Laimjala_vallavalitsus, lk 33
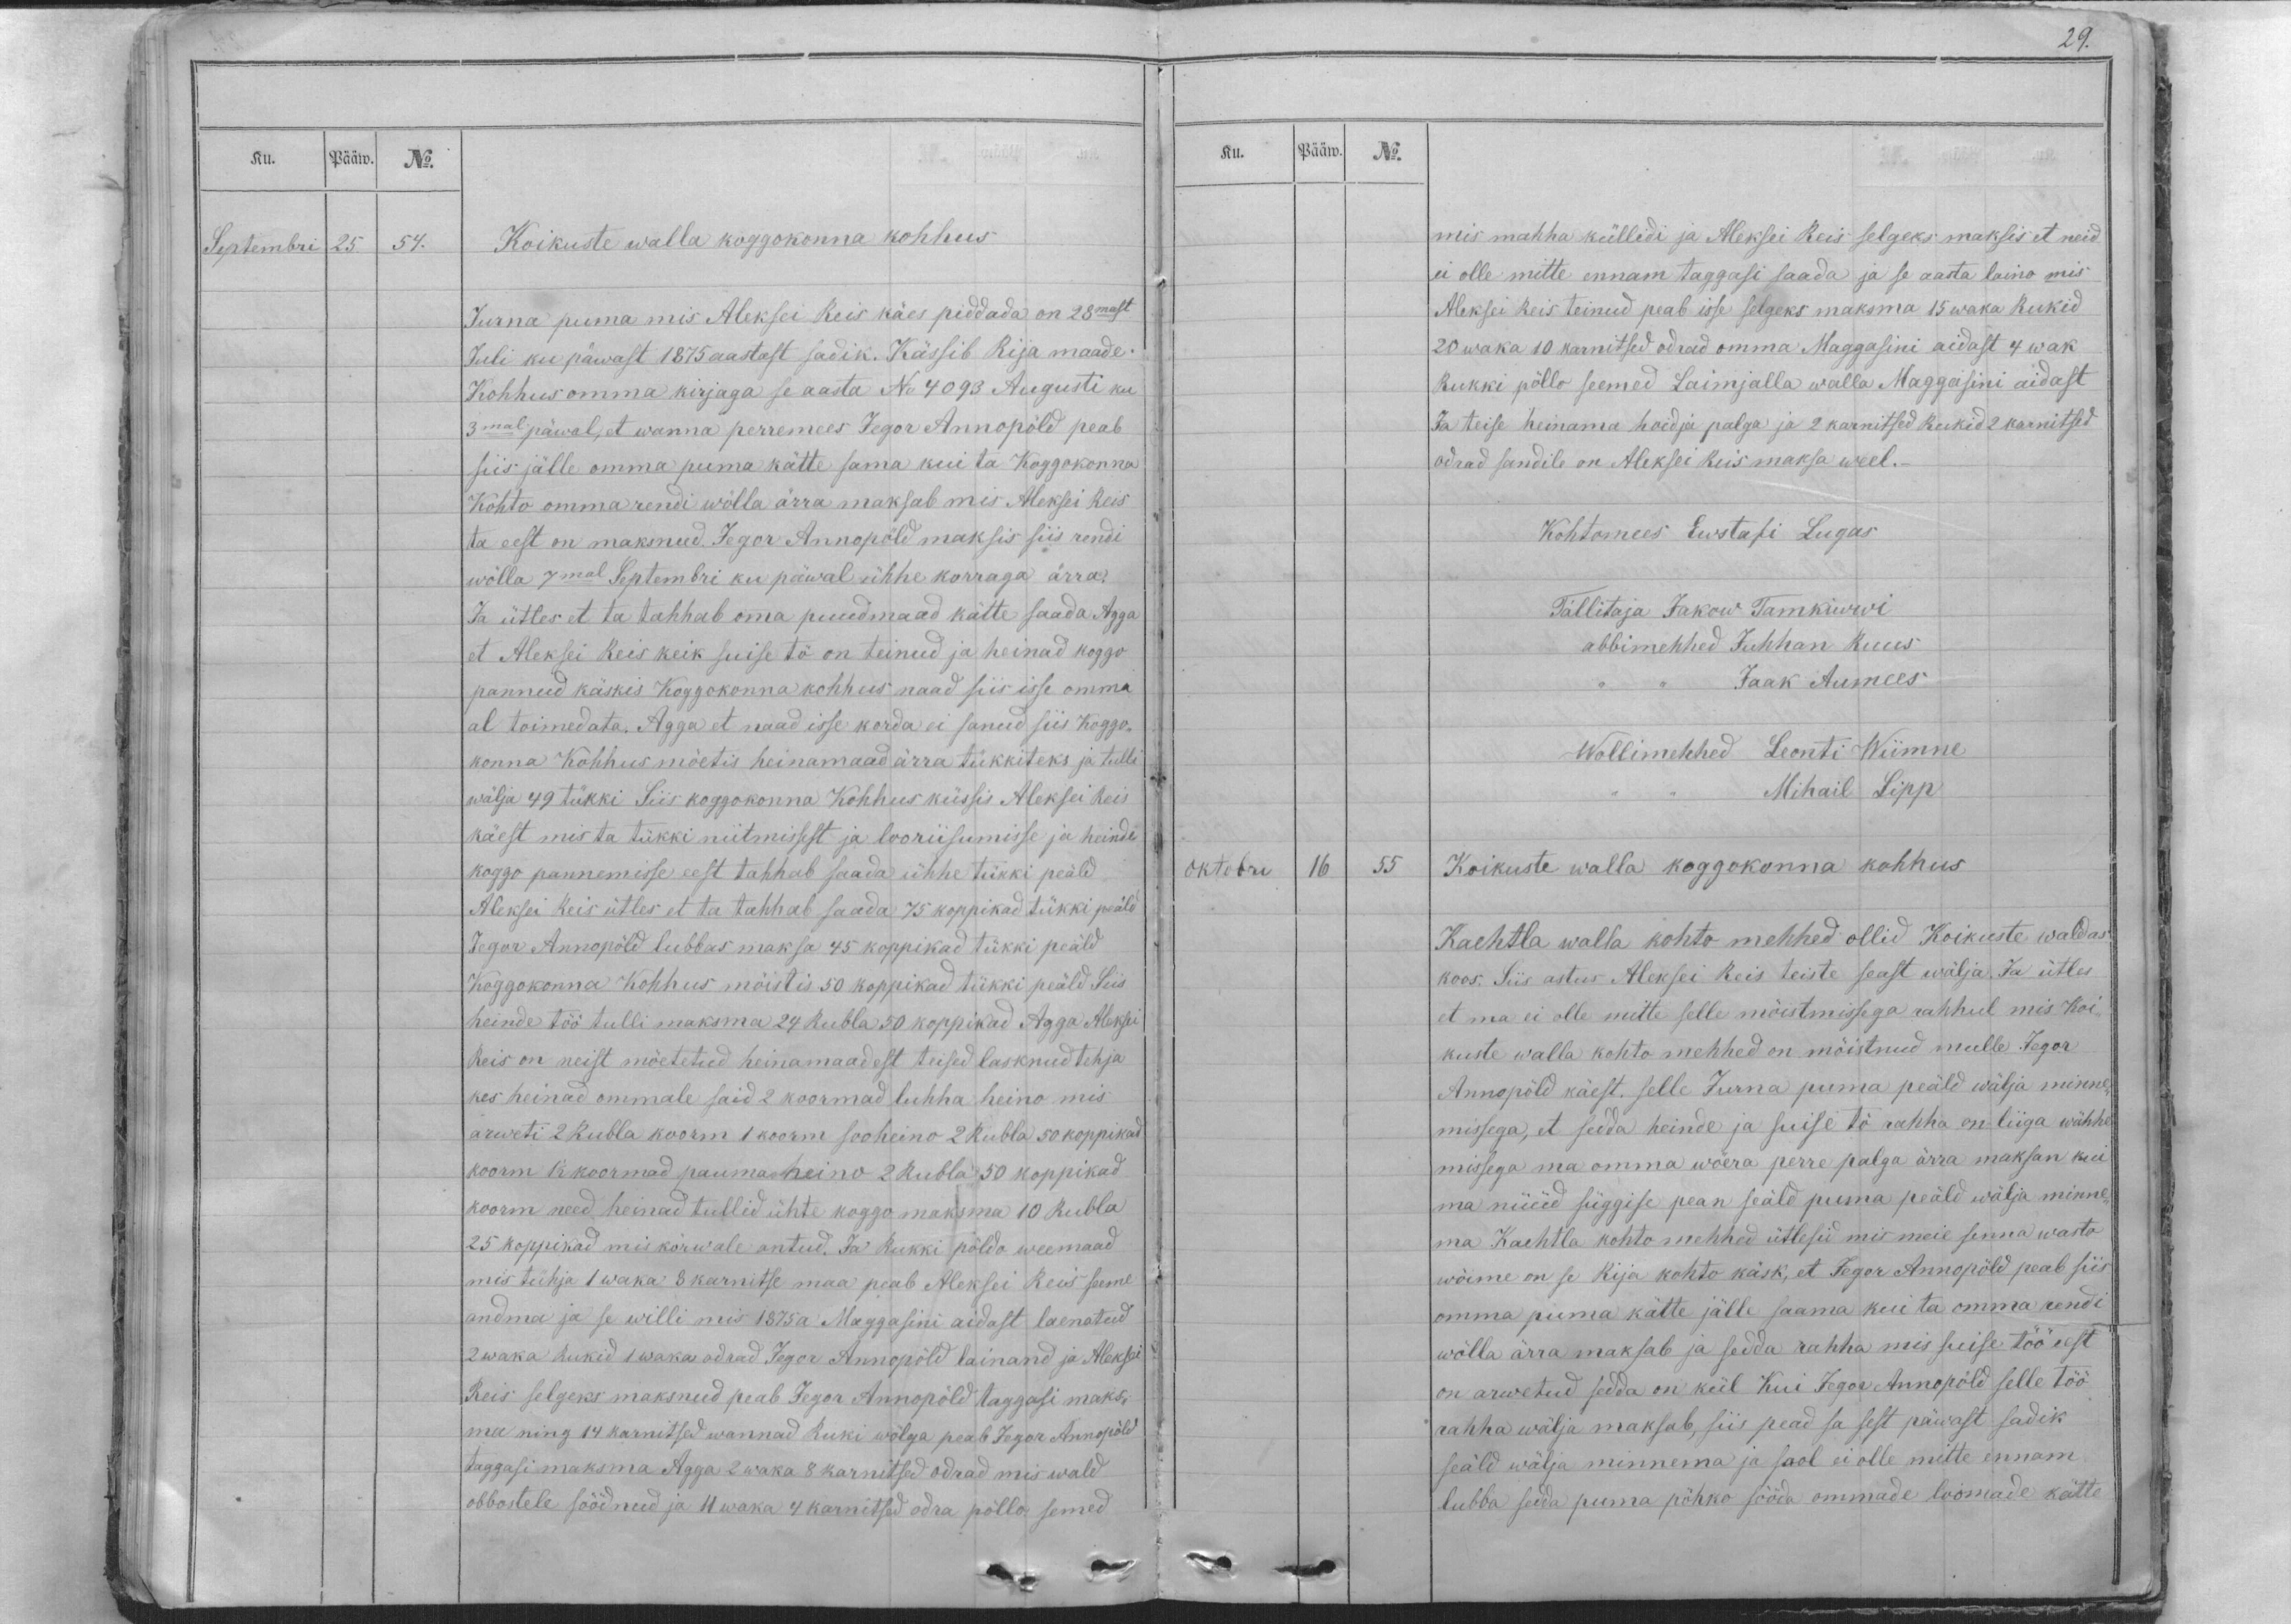
Ku.
Pääw.
No.
Septembri
25.
54.

Koikuste walla koggokonna kohhus
Jurna puma mis Aleksei Reis käes piddada on 28mast
Juli ku päwast 1875 aastast sadik. Kässib Rija maade
Kohhus omma kirjaga se aasta No 4093 Augusti ku
3mal päwal, et wanna perremees Jegor Annopöld peab
siis jälle omma puma kätte sama kui ta Koggokonna
Kohto omma rendi wölla ärra maksab mis Aleksei Reis
ta eest on maksnud. Jegor Annopöld maksis siis rendi
wölla 7mal Septembri ku päwal ühhe korraga ärra.
Ja ütles et ta tahhab omma puudmaad kätte saada. Agga
et Aleksei Reis keik suise tö on teinud ja heinad koggo
pannud käskis Koggokonna kohhus naad siis isse omma
al toimedata. Agga et naad isse korda ei sanud siis Koggo-
konna Kohhus möetis heinamaad ärra tükkiteks ja tulli
wälja 49 tükki Siis koggokonna Kohhus küssis Aleksei Reis
käest mis ta tükki niitmissest ja looriisumisse ja heinde
koggo pannemisse eest tahhab saada ühhe tükki peäld
Aleksei keis ütles et ta tahhab saada 75 koppikad tükki peäld
Jegor Annopöld lubbas maksa 45 koppikad tükki peäld
Koggokonna Kohhus möistis 50 koppikad tükki peäld Siis
heinde töö tulli maksma 24 Rubla 50 koppikad  Agga Aleksei
Reis on neist möetetud heinamaadest teised lasknud tehja
kes heinad ommale said 2 koormad luhha heino mis
arweti 2 Rubla koorm 1 koorm sooheino 2 rubla 50 koppikad
koorm 1 1/2 koormad pauma-heino 2 Rubla 50 koppikad
koorm need heinad tullid ühte koggo maksma 10 Rubla
25 koppikad mis körwale antud. Ja Rukki pöldo weemaad
mis tühja 1 waka 3 karnitse maa peab Aleksei Reis seeme
andma ja se willi mis 1875a Maggasini aidast laenatud
2 waka Rukid 1 waka odrad Jegor Annopöld lainand ja Aleksei
Reis selgeks maksnud peab Jegor Annopöld taggasi maks-
ma ning 14 karnitsed wannad tuki wölga peab Jegor Annopöld
taggasi maksma Agga 2 waka 8 karnitsed odrad mis wald
obbostele söödnud ja 11 waka 4 karnitsed odra pöllo semed

29.
Ku.
Pääw.
No.
mis mahha küllidi ja Aleksei Reis selgeks maksis et neid
ei olle mitte ennam taggasi saada ja se aasta laino mis
Aleksei Reis teinud peab isse selgeks maksma 15 waka Rukid
20 waka 10 karnitsed odrad omma Maggasini aidast 4 wak
Rukki pöllo seemed Laimjalla walla Maggasini aidast
Ja teise heinama hoidja palga ja 2 karnitsed Rukid 2 karnitsed
odrad sandile on Aleksei Reis maksa weel._
Kohtomees Ewstafi Lugas
Tallitaja Jakow Tamkiwwi
abbimehhed Juhhan Ruus
,, ,, Jaak Aumees
Wollimehhed Leonti Wiimne
,, ,, Mihail Lipp
Oktobri
16
55
Koikuste walla koggokonna kohhus
Kaehtla walla kohto mehhed ollid Koikuste waldas
koos. Siis astus Aleksei Reis teiste seast wälja. Ja ütles
et ma ei olle mitte selle mõistmissega rahhul mis Koi-
kuste walla kohto mehhed on mõistnud mulle. Jegor
Annopöld käest, selle Jurna puma peäld wälja minne-
missega, et sedda heinde ja suise tö rahha on liiga wähhe
missega ma omma wöera perre palga ärra maksan kui
ma nüüd süggise pean seäld puma peäld wälja minne-
ma. Kaehtla kohto mehhed ütlesid mis meie senna wasto
wöime on se Rija kohto käsk, et Jegor Annopöld peab siis
omma puma kätte jälle saama kui ta omma rendi
wõlla ärra maksab ja sedda rahha mis suise töö eest
on arwetud sedda on kül Kui Jegor Annopöld selle töö
rahha wälja maksab, siis pead sa sest päwast sadik
seäld wälja minnema ja saol ei olle mitte ennam
lubba sedda puma pöhko sööda ommade loomade kätte